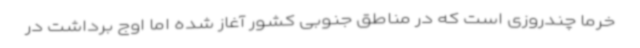
خرما چندروزی است که در مناطق جنوبی کشور آغاز شده اما اوج برداشت در